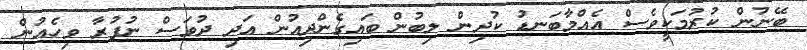
ބޭނުން ކުރުމަކީވެސް އެއްމާބަނޑު ކުދިން ލިބުން ބައިގެންދިއުން އަދި ދުވަސް ނުފުރާ ވިހެއުން